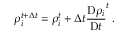
\rho _ { i } ^ { t + \Delta t } = \rho _ { i } ^ { t } + \Delta t \frac { \mathrm { D } \rho _ { i } } { \mathrm { D } t } ^ { t } \, .